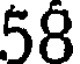
58